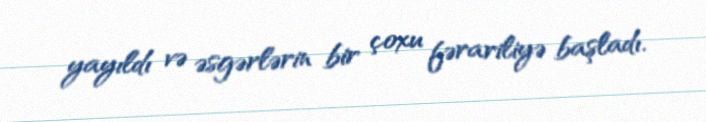
yayıldı və əsgərlərin bir çoxu fərariliyə başladı.